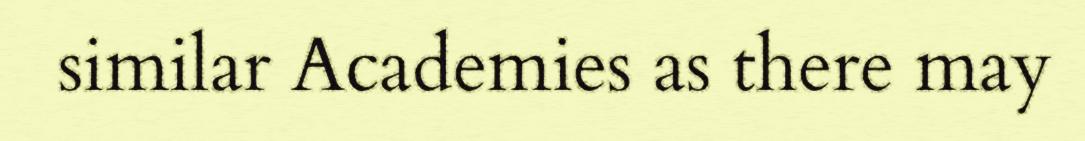
similar Academies as there may